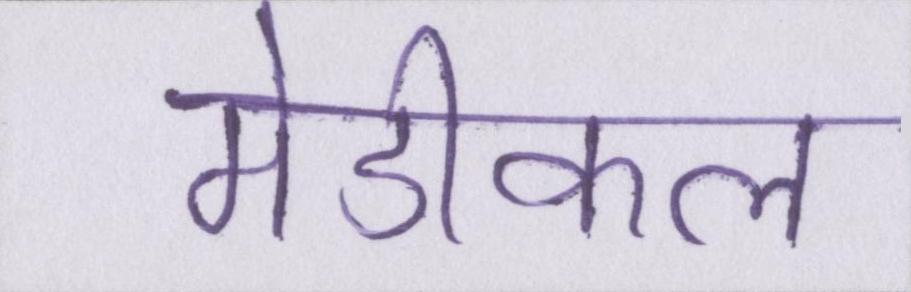
मेडीकल